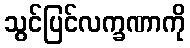
သွင်ပြင်လက္ခဏာကို